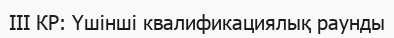
ІІІ КР: Үшінші квалификациялық раунды